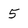
Character: 5